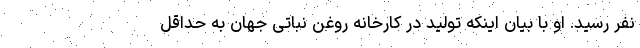
نفر رسید. او با بیان اینکه تولید در کارخانه روغن نباتی جهان به حداقل